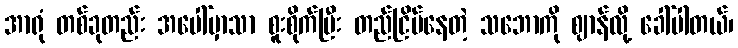
အာရုံ တစ်ခုတည်း အပေါ်မှာသာ စူးစိုက်ပြီး တည်ငြိမ်နေတဲ့ သဘောကို ဈာန်လို့ ခေါ်ပါတယ်၊